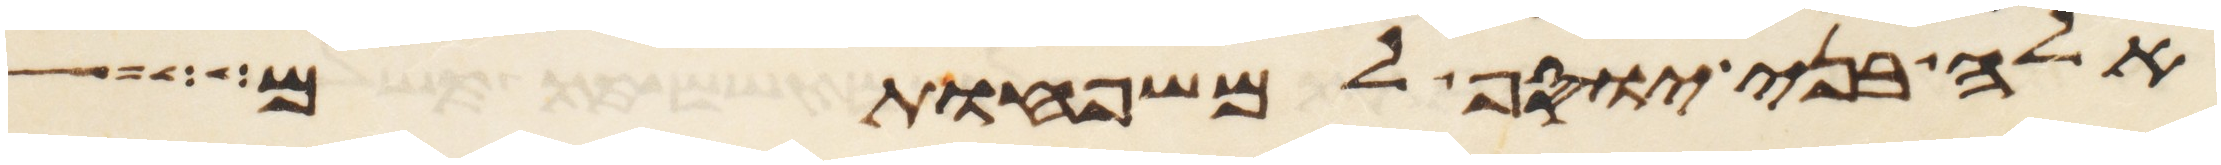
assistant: אלה בני יוסף למשפחותם